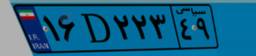
۱۶D۲۲۳۴۹